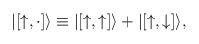
LaTeX: \begin{align*}|[{\uparrow},\cdot]\rangle \equiv |[{\uparrow},{\uparrow}]\rangle +|[{\uparrow},{\downarrow}]\rangle,\end{align*}